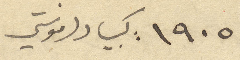
١۹٠٥ كبيا دلمونتي